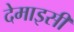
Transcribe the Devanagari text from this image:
देमाइसीं